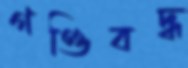
গণ্ডিবদ্ধ